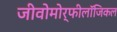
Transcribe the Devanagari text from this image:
जीवोमोर्फीलॉजिकल